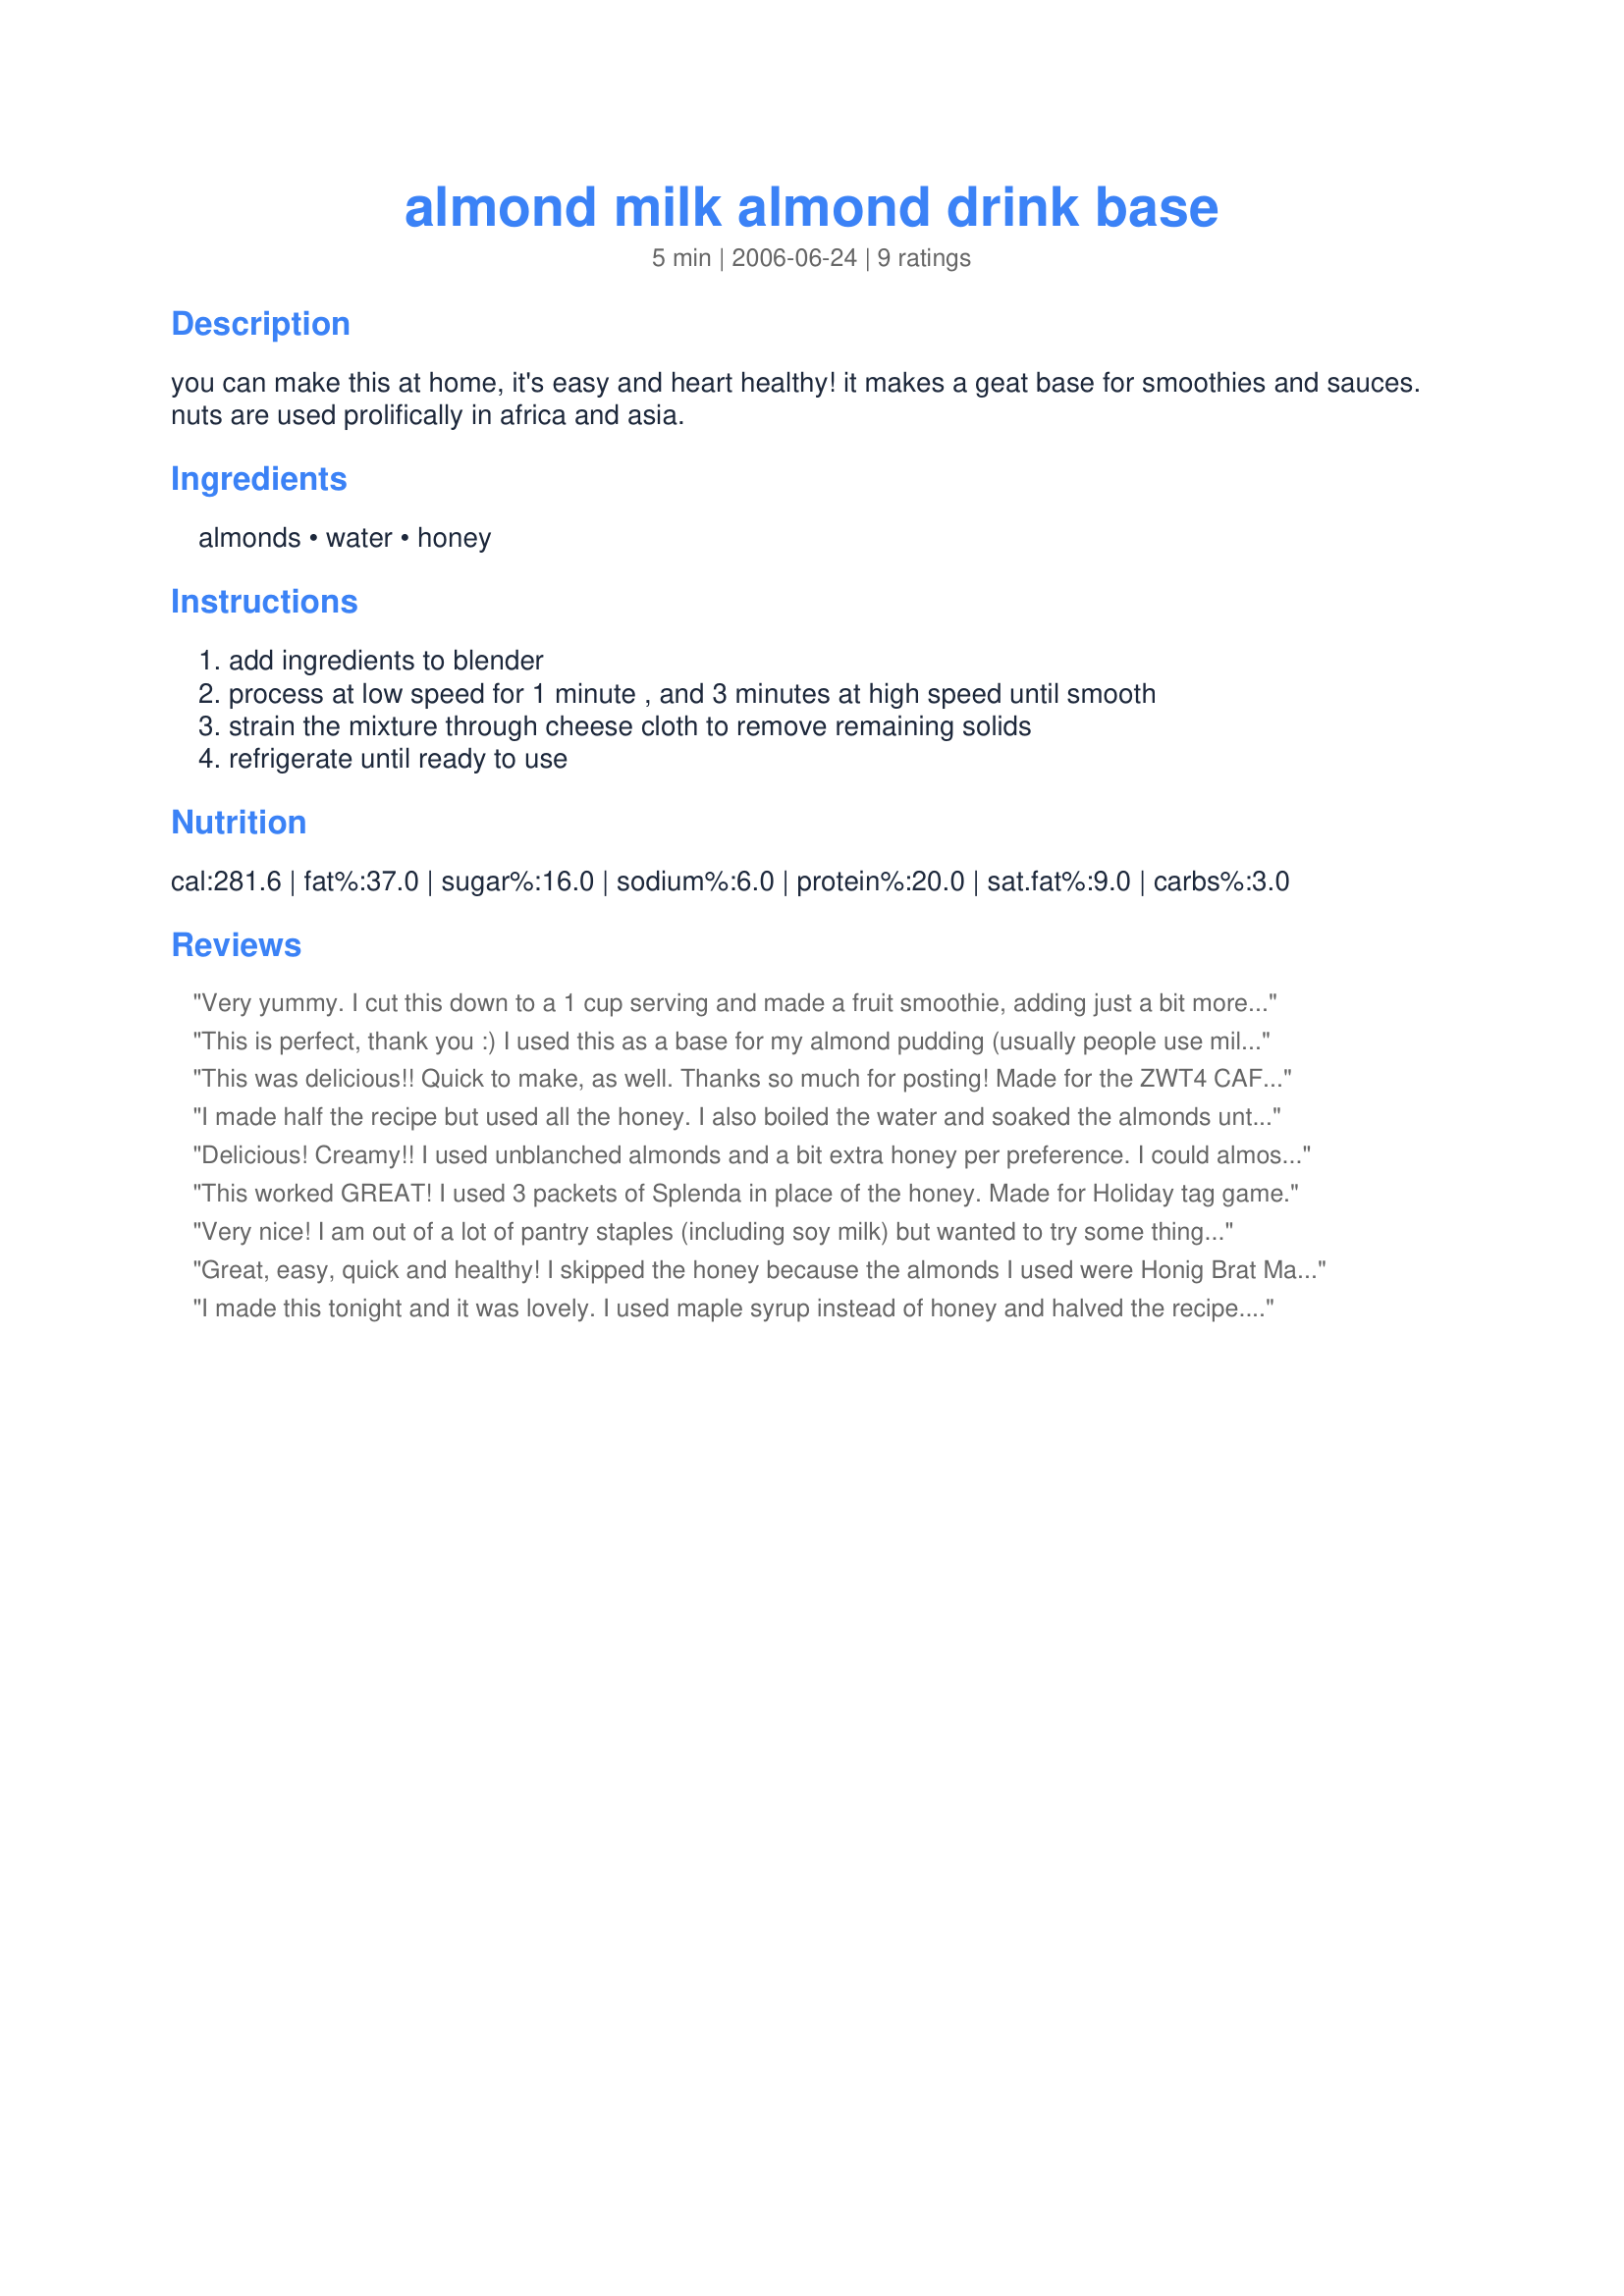
almond milk almond drink base
Preparation time: 5 minutes

you can make this at home, it's easy and heart healthy! it makes a geat base for smoothies and sauces. nuts are used prolifically in africa and asia.

Ingredients:
almonds, water, honey

Steps:
add ingredients to blender, process at low speed for 1 minute , and 3 minutes at high speed until smooth, strain the mixture through cheese cloth to remove remaining solids, refrigerate until ready to use

Reviews:
Very yummy. I cut this down to a 1 cup serving and made a fruit smoothie, adding just a bit more honey. It was delicous and would blend well with all kinds of flavors. Next time I'll make a full batch so I can experiment!
This is perfect, thank you :) I used this as a base for my almond pudding (usually people use milk and flavour it with almond essence, but I decided to be 'authentic' :)) I skipped the honey and used sweetener for my diabetic guests, turned out great! This is healthy stuff!
This was delicious!! Quick to make, as well. Thanks so much for posting! Made for the ZWT4 CAFE ZMAAK Gypsies team.
I made half the recipe but used all the honey. I also boiled the water and soaked the almonds until the water was just cool enough to put in the blender. I put it in the refrigerator and when it was cold, it was delicious! I'm definitely making this again.
Delicious! Creamy!! I used unblanched almonds and a bit extra honey per preference. I could almost drink it on it's own, we try to be dairy free. I will make this again most probably. UPDATE: made it vegan too with date syrup (dibis) it was good as well but I added a lot more than the 1 tsp. I think I slightly prefer it with the honey as per preference I will make this often both ways!
This worked GREAT! I used 3 packets of Splenda in place of the honey. Made for Holiday tag game.
Very nice! I am out of a lot of pantry staples (including soy milk) but wanted to try some things today. I used this in your <a href="/174602">Packs-A-Punch Raspberry Almond Smoothie</a> as well as in <a href="/143114">Better Brownies</a>. I didn't try it on its own, but the 5 stars are for its useability in other dishes. Thanks.
Great, easy, quick and healthy! I skipped the honey because the almonds I used were Honig Brat Mandeln Recipe #170562 which are sweetened and they worked really good!
I made this tonight and it was lovely. I used maple syrup instead of honey and halved the recipe. There was a lot of solids left over and I didn't know what to do with them but I spread them out on muslin and left them dry out to use in baking etc. I don't think that the nutritional value is correct either because you are not using all the almond, most of it it strained before drinking. Thank you for posting. update....I've also used agave nectar which I think tastes like fairy floss. and it's great for banana smoothies.
